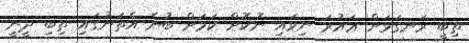
ތިބީ ރަނގަޅަށް ޢައުރަ ނިވައި ނުކޮށް ކަމަށް ބުނެ އެތަނުގައި ތިބި ދީނީ